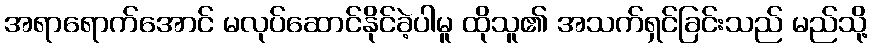
အရာရောက်အောင် မလုပ်ဆောင်နိုင်ခဲ့ပါမူ ထိုသူ၏ အသက်ရှင်ခြင်းသည် မည်သို့